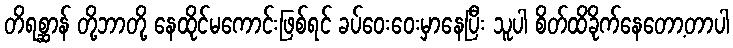
တိရစ္ဆာန် တို့ဘာတို့ နေထိုင်မကောင်းဖြစ်ရင် ခပ်ဝေးဝေးမှာနေပြီး သူပါ စိတ်ထိခိုက်နေတော့တာပါ